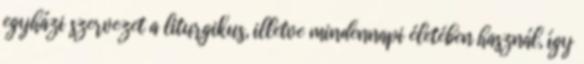
egyházi szervezet a liturgikus, illetve mindennapi életében használ, így